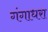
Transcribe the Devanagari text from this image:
गंगाधरा